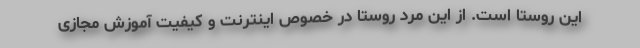
این روستا است. از این مرد روستا در خصوص اینترنت و کیفیت آموزش مجازی